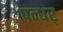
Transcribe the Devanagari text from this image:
पन्धर्